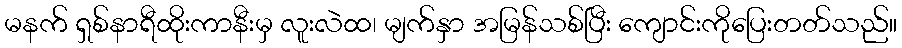
မနက် ရှစ်နာရီထိုးကာနီးမှ လူးလဲထ၊ မျက်နှာ အမြန်သစ်ပြီး ကျောင်းကိုပြေးတတ်သည်။